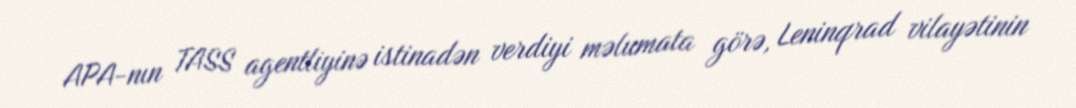
APA-nın TASS agentliyinə istinadən verdiyi məlumata görə, Leninqrad vilayətinin